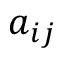
a _ { i j }